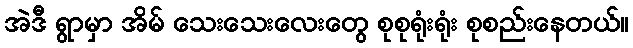
အဲဒီ ရွာမှာ အိမ် သေးသေးလေးတွေ စုစုရုံးရုံး စုစည်းနေတယ်။